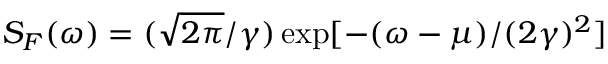
S _ { F } ( \omega ) = ( \sqrt { 2 \pi } / \gamma ) \exp [ - ( \omega - \mu ) / ( 2 \gamma ) ^ { 2 } ]